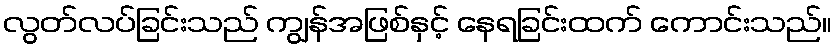
လွတ်လပ်ခြင်းသည် ကျွန်အဖြစ်နှင့် နေရခြင်းထက် ကောင်းသည်။